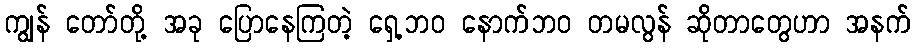
ကျွန် တော်တို့ အခု ပြောနေကြတဲ့ ရှေ့ဘဝ နောက်ဘဝ တမလွန် ဆိုတာတွေဟာ အနက်